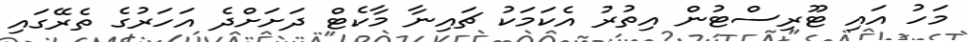
މަހު އައި ޓޫރިސްޓުން އިތުރު އެކަމަކު ޗައިނާ މާކެޓް ދަށަށްދެ އަހަރުގެ ތެރޭގައި